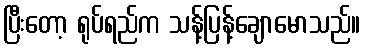
ပြီးတော့ ရုပ်ရည်က သန့်ပြန့်ချောမောသည်။